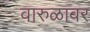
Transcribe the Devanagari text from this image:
वारुळावर